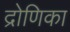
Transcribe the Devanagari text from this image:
द्रोणिका